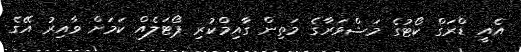
އެއީ ޑްރަގް ކޯޓުގެ މަޝްވަރާގެ މަތިން ގާއިމްކުރި ޕޯޓަލެއް ކަމަށް ވާއިރު އޭގެ